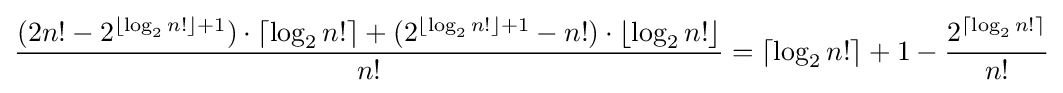
{\frac {(2n!-2^{\lfloor \log _{2}n!\rfloor +1})\cdot \lceil \log _{2}n!\rceil +(2^{\lfloor \log _{2}n!\rfloor +1}-n!)\cdot \lfloor \log _{2}n!\rfloor }{n!}}=\lceil \log _{2}n!\rceil +1-{\frac {2^{\lceil \log _{2}n!\rceil }}{n!}}